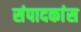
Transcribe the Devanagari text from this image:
संपादकांस